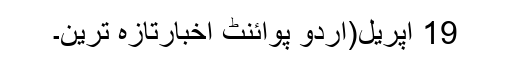
19 اپریل(اُردو پوائنٹ اخبارتازہ ترین۔